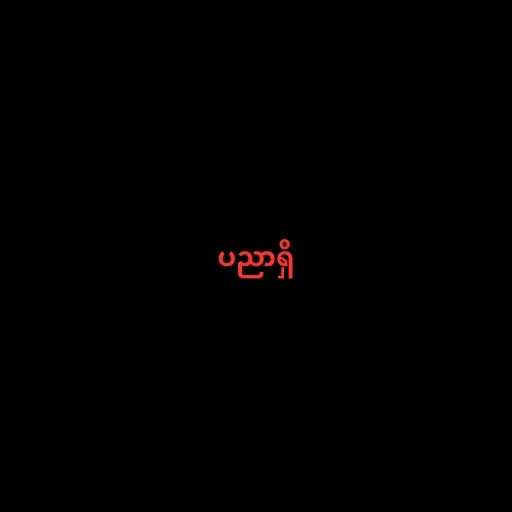
ပညာရှိ